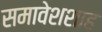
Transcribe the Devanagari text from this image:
समावेशशाह